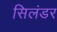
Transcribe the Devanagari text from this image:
सिलंडर